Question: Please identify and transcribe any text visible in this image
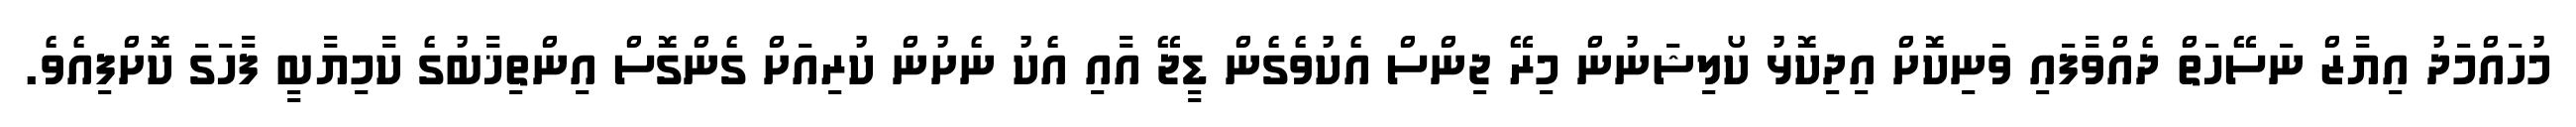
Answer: މުހައްމަދު އިޔާޒް ނަސޭހަތް ދެއްވާފައި ވަނިކޮށް އިދިކޮޅު ކޯލިޝަނުން މިރޭ ޖިންސް އެކުވެގެން ޑީޖޭ އާއި އެކު ނެށުން ކުރިއަށް ގެންގޮސް އިންތިޚާބުގެ ކާމިޔާބީ ފާހަގަ ކޮށްފިއެވެ.